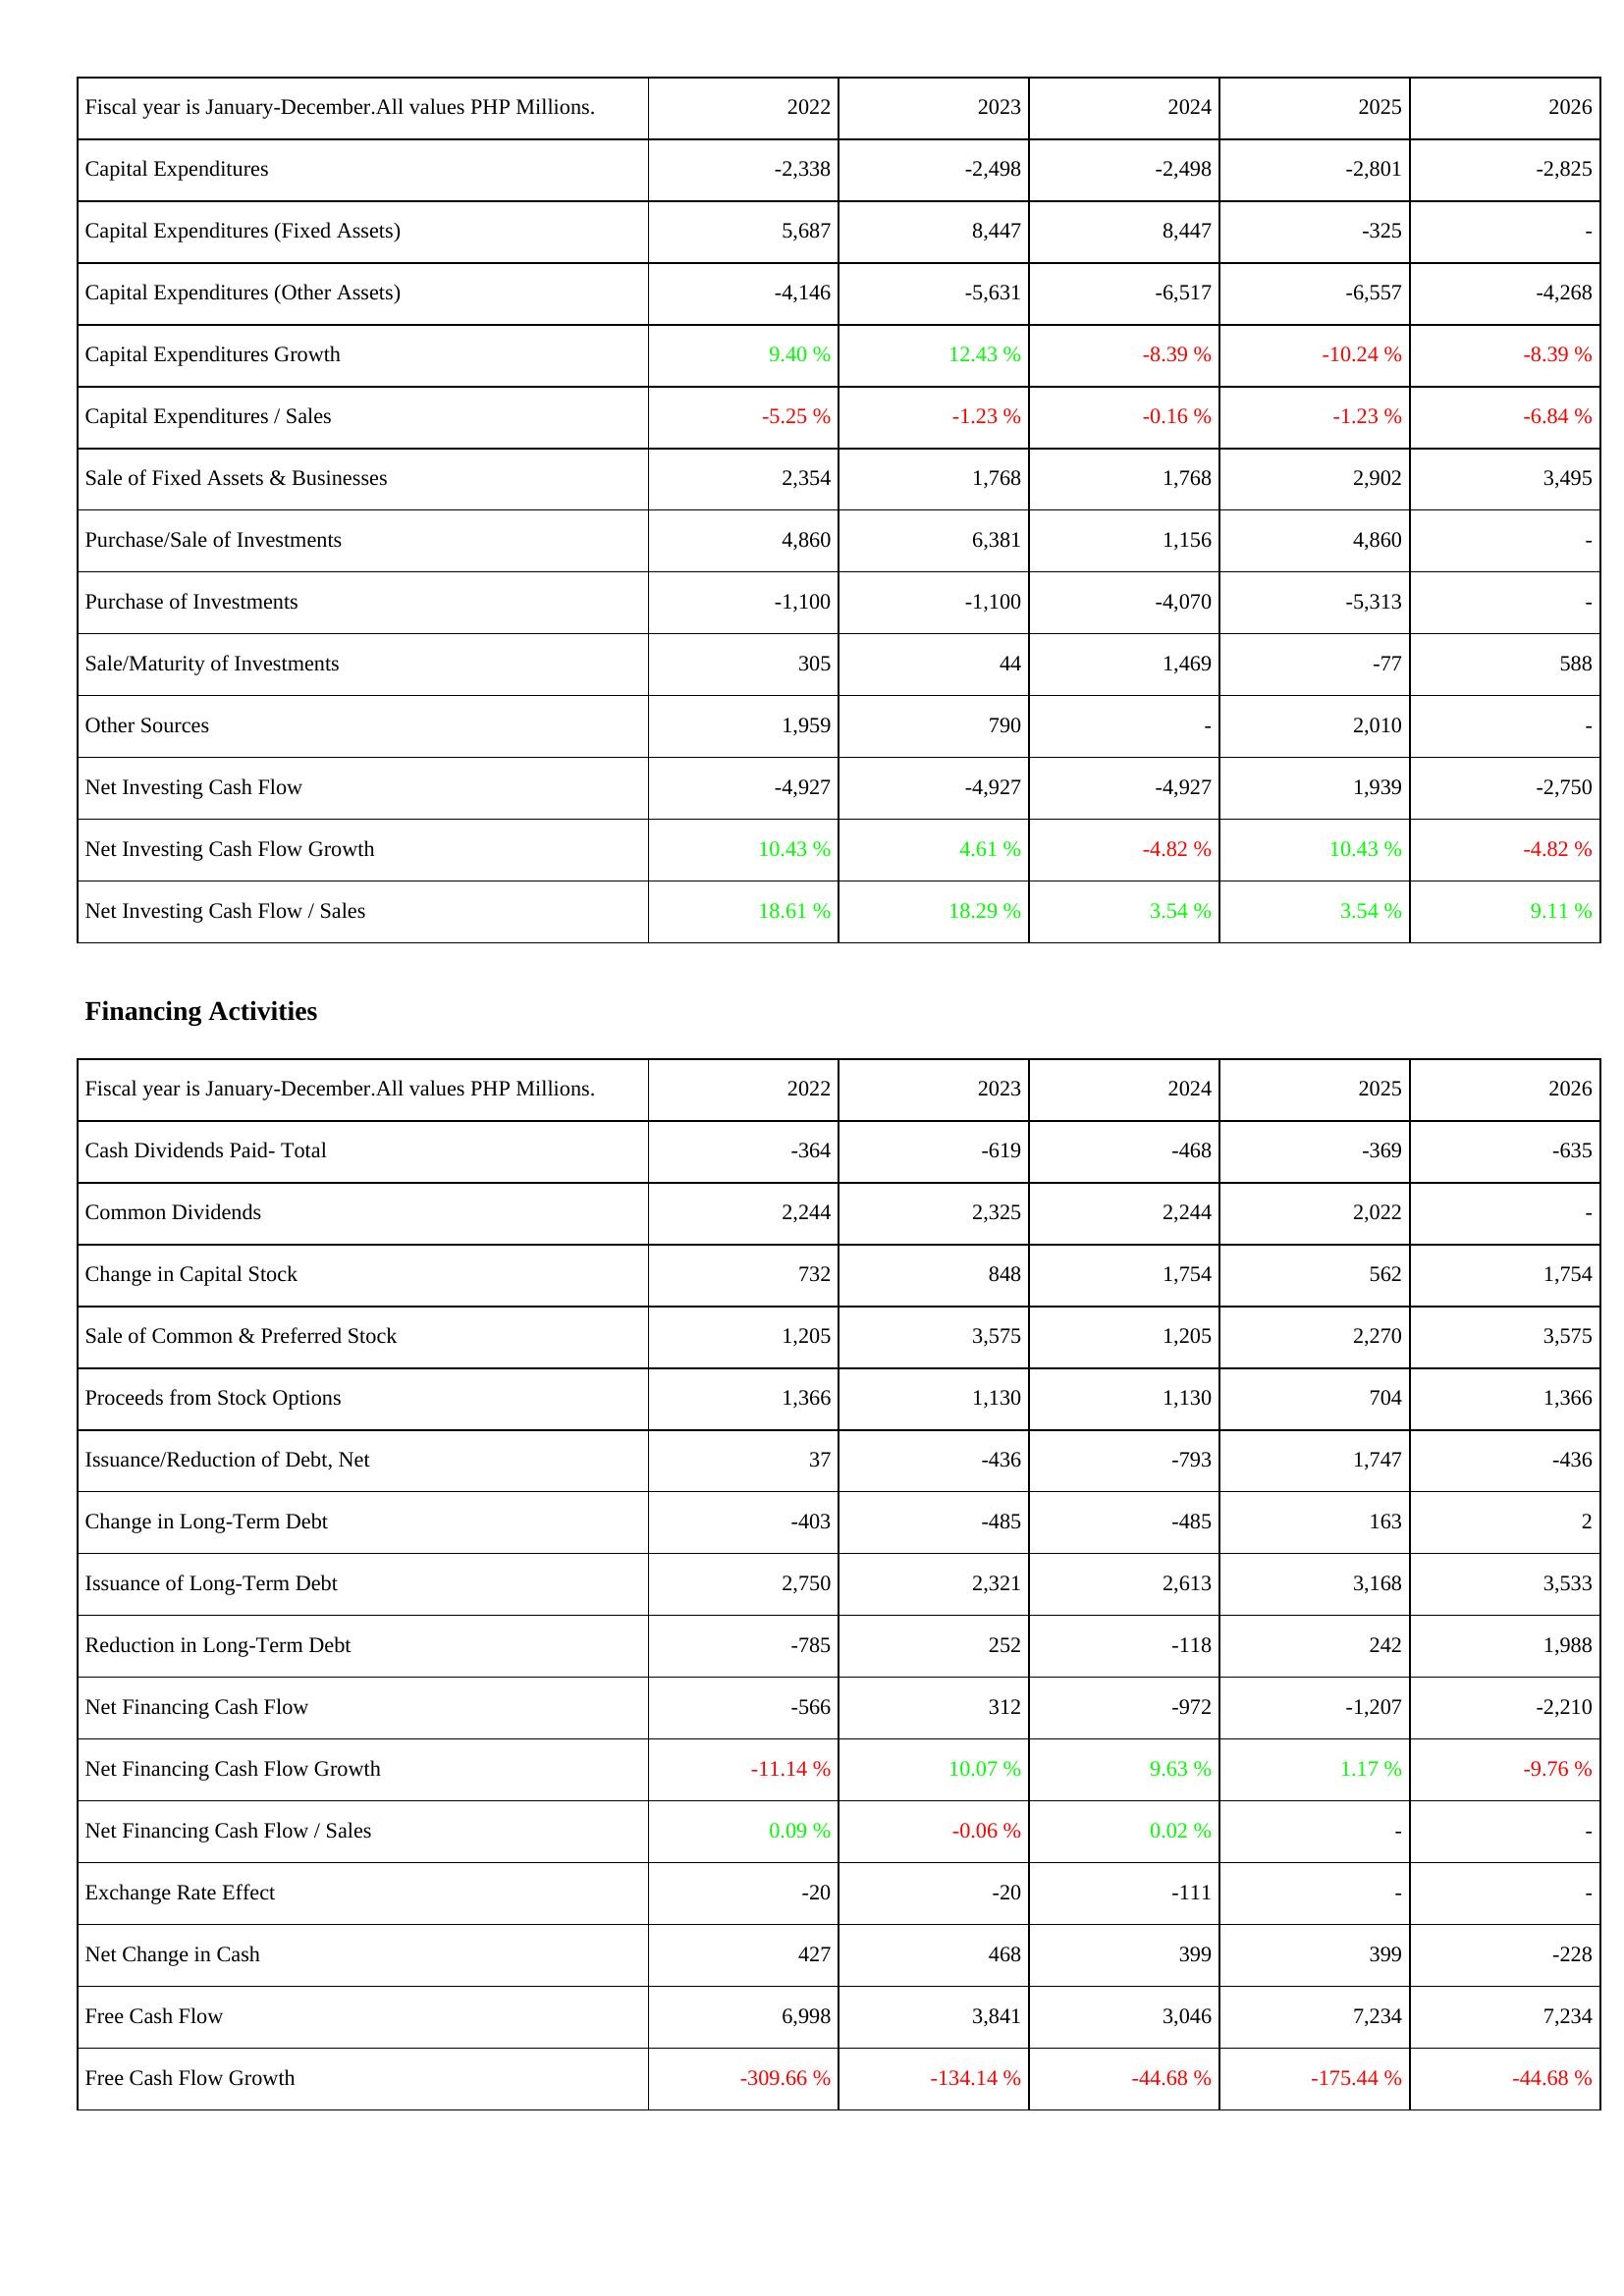
2022: Investing Activities: Capital Expenditures: -2,338
Capital Expenditures (Fixed Assets): 5,687
Capital Expenditures (Other Assets): -4,146
Capital Expenditures Growth: 9.40 %
Capital Expenditures / Sales: -5.25 %
Sale of Fixed Assets & Businesses: 2,354
Purchase/Sale of Investments: 4,860
Purchase of Investments: -1,100
Sale/Maturity of Investments: 305
Other Sources: 1,959
Net Investing Cash Flow: -4,927
Net Investing Cash Flow Growth: 10.43 %
Net Investing Cash Flow / Sales: 18.61 %
Financing Activities: Cash Dividends Paid- Total: -364
Common Dividends: 2,244
Change in Capital Stock: 732
Sale of Common & Preferred Stock: 1,205
Proceeds from Stock Options: 1,366
Issuance/Reduction of Debt, Net: 37
Change in Long-Term Debt: -403
Issuance of Long-Term Debt: 2,750
Reduction in Long-Term Debt: -785
Net Financing Cash Flow: -566
Net Financing Cash Flow Growth: -11.14 %
Net Financing Cash Flow / Sales: 0.09 %
Exchange Rate Effect: -20
Net Change in Cash: 427
Free Cash Flow: 6,998
Free Cash Flow Growth: -309.66 %
2023: Investing Activities: Capital Expenditures: -2,498
Capital Expenditures (Fixed Assets): 8,447
Capital Expenditures (Other Assets): -5,631
Capital Expenditures Growth: 12.43 %
Capital Expenditures / Sales: -1.23 %
Sale of Fixed Assets & Businesses: 1,768
Purchase/Sale of Investments: 6,381
Purchase of Investments: -1,100
Sale/Maturity of Investments: 44
Other Sources: 790
Net Investing Cash Flow: -4,927
Net Investing Cash Flow Growth: 4.61 %
Net Investing Cash Flow / Sales: 18.29 %
Financing Activities: Cash Dividends Paid- Total: -619
Common Dividends: 2,325
Change in Capital Stock: 848
Sale of Common & Preferred Stock: 3,575
Proceeds from Stock Options: 1,130
Issuance/Reduction of Debt, Net: -436
Change in Long-Term Debt: -485
Issuance of Long-Term Debt: 2,321
Reduction in Long-Term Debt: 252
Net Financing Cash Flow: 312
Net Financing Cash Flow Growth: 10.07 %
Net Financing Cash Flow / Sales: -0.06 %
Exchange Rate Effect: -20
Net Change in Cash: 468
Free Cash Flow: 3,841
Free Cash Flow Growth: -134.14 %
2024: Investing Activities: Capital Expenditures: -2,498
Capital Expenditures (Fixed Assets): 8,447
Capital Expenditures (Other Assets): -6,517
Capital Expenditures Growth: -8.39 %
Capital Expenditures / Sales: -0.16 %
Sale of Fixed Assets & Businesses: 1,768
Purchase/Sale of Investments: 1,156
Purchase of Investments: -4,070
Sale/Maturity of Investments: 1,469
Other Sources: -
Net Investing Cash Flow: -4,927
Net Investing Cash Flow Growth: -4.82 %
Net Investing Cash Flow / Sales: 3.54 %
Financing Activities: Cash Dividends Paid- Total: -468
Common Dividends: 2,244
Change in Capital Stock: 1,754
Sale of Common & Preferred Stock: 1,205
Proceeds from Stock Options: 1,130
Issuance/Reduction of Debt, Net: -793
Change in Long-Term Debt: -485
Issuance of Long-Term Debt: 2,613
Reduction in Long-Term Debt: -118
Net Financing Cash Flow: -972
Net Financing Cash Flow Growth: 9.63 %
Net Financing Cash Flow / Sales: 0.02 %
Exchange Rate Effect: -111
Net Change in Cash: 399
Free Cash Flow: 3,046
Free Cash Flow Growth: -44.68 %
2025: Investing Activities: Capital Expenditures: -2,801
Capital Expenditures (Fixed Assets): -325
Capital Expenditures (Other Assets): -6,557
Capital Expenditures Growth: -10.24 %
Capital Expenditures / Sales: -1.23 %
Sale of Fixed Assets & Businesses: 2,902
Purchase/Sale of Investments: 4,860
Purchase of Investments: -5,313
Sale/Maturity of Investments: -77
Other Sources: 2,010
Net Investing Cash Flow: 1,939
Net Investing Cash Flow Growth: 10.43 %
Net Investing Cash Flow / Sales: 3.54 %
Financing Activities: Cash Dividends Paid- Total: -369
Common Dividends: 2,022
Change in Capital Stock: 562
Sale of Common & Preferred Stock: 2,270
Proceeds from Stock Options: 704
Issuance/Reduction of Debt, Net: 1,747
Change in Long-Term Debt: 163
Issuance of Long-Term Debt: 3,168
Reduction in Long-Term Debt: 242
Net Financing Cash Flow: -1,207
Net Financing Cash Flow Growth: 1.17 %
Net Financing Cash Flow / Sales: -
Exchange Rate Effect: -
Net Change in Cash: 399
Free Cash Flow: 7,234
Free Cash Flow Growth: -175.44 %
2026: Investing Activities: Capital Expenditures: -2,825
Capital Expenditures (Fixed Assets): -
Capital Expenditures (Other Assets): -4,268
Capital Expenditures Growth: -8.39 %
Capital Expenditures / Sales: -6.84 %
Sale of Fixed Assets & Businesses: 3,495
Purchase/Sale of Investments: -
Purchase of Investments: -
Sale/Maturity of Investments: 588
Other Sources: -
Net Investing Cash Flow: -2,750
Net Investing Cash Flow Growth: -4.82 %
Net Investing Cash Flow / Sales: 9.11 %
Financing Activities: Cash Dividends Paid- Total: -635
Common Dividends: -
Change in Capital Stock: 1,754
Sale of Common & Preferred Stock: 3,575
Proceeds from Stock Options: 1,366
Issuance/Reduction of Debt, Net: -436
Change in Long-Term Debt: 2
Issuance of Long-Term Debt: 3,533
Reduction in Long-Term Debt: 1,988
Net Financing Cash Flow: -2,210
Net Financing Cash Flow Growth: -9.76 %
Net Financing Cash Flow / Sales: -
Exchange Rate Effect: -
Net Change in Cash: -228
Free Cash Flow: 7,234
Free Cash Flow Growth: -44.68 %